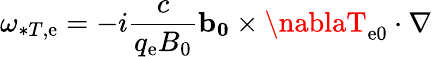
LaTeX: \omega_{*T,\mathrm{e}}=-i\frac{{c}}{{q_{\mathrm{e}}B_{0}}}\mathbf{{b_{0}}}\times\nablaT_{\mathrm{e}0}\cdot\nabla